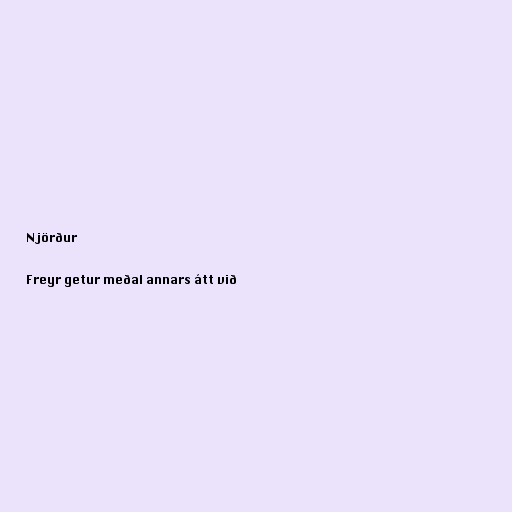
Njörður

Freyr getur meðal annars átt við